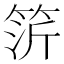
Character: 䇵